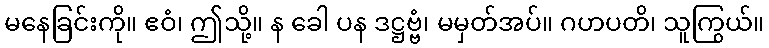
မနေခြင်းကို။ ဧဝံ၊ ဤသို့။ န ခေါ ပန ဒဋ္ဌဗ္ဗံ၊ မမှတ်အပ်။ ဂဟပတိ၊ သူကြွယ်။